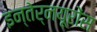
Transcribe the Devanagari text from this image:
इन्तेर्नयूरोंस